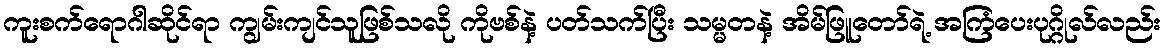
ကူးစက်ရောဂါဆိုင်ရာ ကျွမ်းကျင်သူဖြစ်သလို ကိုဗစ်နဲ့ ပတ်သက်ပြီး သမ္မတနဲ့ အိမ်ဖြူတော်ရဲ့ အကြံပေးပုဂ္ဂိုလ်လည်း